Madras plague regulations in force outside the Presidency town - Volume 6
Disease focus: Plague
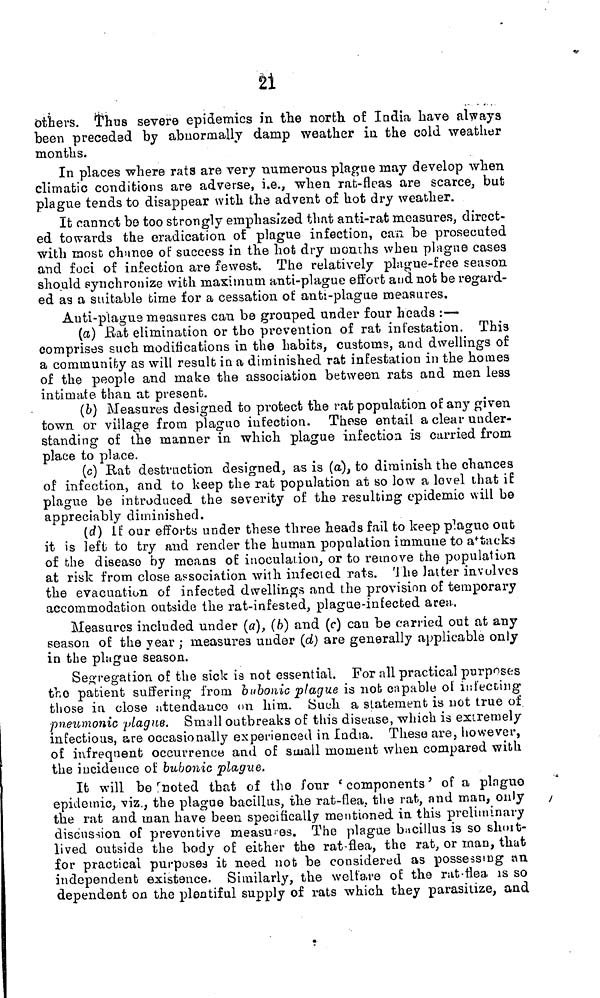
21
others. Thus severe epidemics in the north of India have always
been preceded by abnormally damp weather in the cold weather
months.
In places where rats are very numerous plague may develop when
climatic conditions are adverse, i.e., when rat-fleas are scarce, but
plague tends to disappear with the advent of hot dry weather.
It cannot bo too strongly emphasized that anti-rat measures, direct-
ed towards the eradication of plague infection, can be prosecuted
with most chance of success in the hot dry months when plague cases
and foci of infection are fewest. The relatively plague-free season
should synchronize with maximum anti-plague effort and not be regard-
ed as a suitable time for a cessation of anti-plague measures.
Anti-plagus measures can be grouped under four heads :—
(a) Rat elimination or the prevention of rat infestation. This
comprises such modifications in the habits, customs, and dwellings of
a community as will result in a diminished rat infestation in the homes
of the people and make the association between rats and men less
intimate than at present.
(6) Measures designed to protect the rat population of any given
town or village from plague infection. Those entail a clear under-
standing of the manner in which plague infection is carried from
place to place.
(c) Rat destruction designed, as is (a), to diminish the chances
of infection, and to keep the rat population at so low a level that if
plague be introduced the severity of the resulting epidemic will be
appreciably diminished.
(d) If our efforts under these three heads fail to keep plague out
it is left to try and render the human population immune to a f tacks
of the disease by means of inoculation, or to remove the population
at risk from close association with infected rats. The latter involves
the evacuation of infected dwellings and the provision of temporary
accommodation outside the rat-infested, plague-infected area.
Measures included under (a), (6) and (c) can be carried out at any
season of the year ; measures under (d) are generally applicable only
in the plague season.
Segregation of the sick is not essential. For all practical purposes
tho patient suffering from bubonic plague is not capable ot infecting
those in close attendance on him. Such a statement is not true of
pneumonic plague. Small outbreaks of this disease, which is extremely
infectious, are occasionally experienced in India. These are, however,
of infrequent occurrence and of small moment when compared with
the incidence of bubonic plague.
It will bo 'noted that of the four' components' of a plngue
epidemic, viz., the plague bacillus, the rat-flea, the rat, and man,
only
the rat and man have been specifically mentioned in this preliminary
discussion of preventive measures. Tho plague bacillus is so short-
lived outside the body of either the rat-flea, the rat, or man, that
for practical purposes it need not be considered as possessing an
independent existence. Similarly, the welfare of the rat-flea is so
dependent on the plentiful supply of rats which they parasitize, and